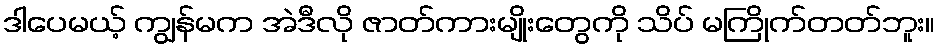
ဒါပေမယ့် ကျွန်မက အဲဒီလို ဇာတ်ကားမျိုးတွေကို သိပ် မကြိုက်တတ်ဘူး။